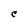
Character: C